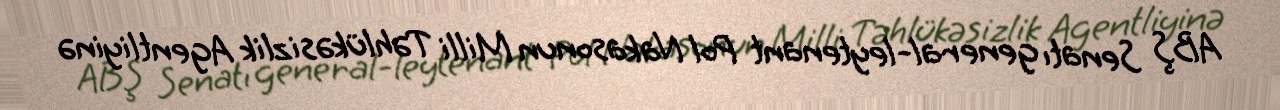
ABŞ Senatı general-leytenant Pol Nakasonun Milli Təhlükəsizlik Agentliyinə